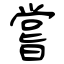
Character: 嘗